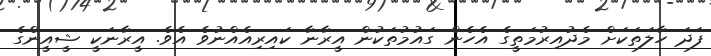
ފަދަ ހާލަތަކަށް މެދުއިރުމަތީގެ އެހެން ގައުމުތަކުން އީރާނާ ކައިރިއެއްނުވެ އެވެ. އީރާނަކީ ޝީއީންގެ